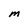
Character: M